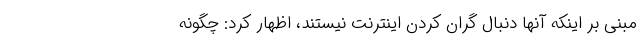
مبنی بر اینکه آنها دنبال گران کردن اینترنت نیستند، اظهار کرد: چگونه